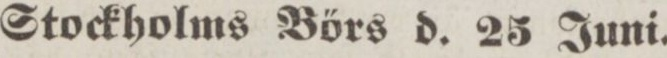
Stockholms Bőrs d. 25 Juni.